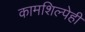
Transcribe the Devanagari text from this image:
कामशिल्पेही